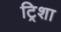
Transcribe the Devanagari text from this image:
ट्रिशा